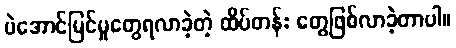
ပဲအောင်မြင်မှုတွေရလာခဲ့တဲ့ ထိပ်တန်း တွေဖြစ်လာခဲ့တာပါ။